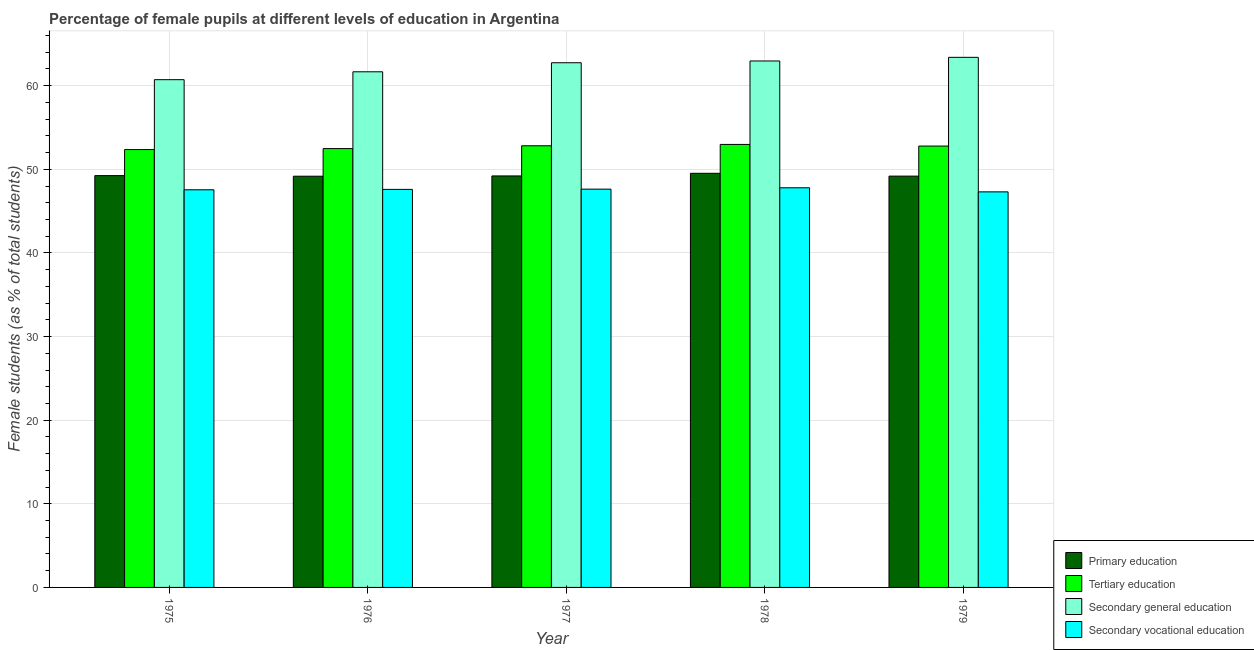
| Year | Primary education | Tertiary education | Secondary general education | Secondary vocational education |
 | --- | --- | --- | --- | --- |
 | 1975 | 49.2 | 52.4 | 60.7 | 47.6 |
 | 1976 | 49.2 | 52.5 | 61.7 | 47.6 |
 | 1977 | 49.2 | 52.8 | 62.7 | 47.6 |
 | 1978 | 49.5 | 53 | 63 | 47.8 |
 | 1979 | 49.2 | 52.8 | 63.4 | 47.3 |